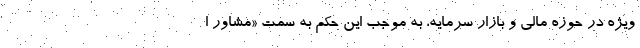
ویژه در حوزه مالی و بازار سرمایه، به موجب این حکم به سمت «مشاور ا